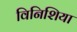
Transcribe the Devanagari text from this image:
विनिशिया